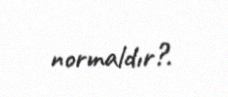
normaldır?.